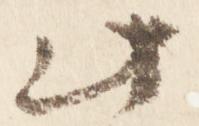
此